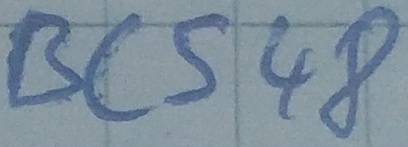
Text: BC548